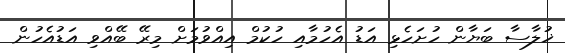
ޚުލާސާ ބަޔާން ހުށަހެޅި އަޑު އެހުމާއި ހުކުމް އިއްވުމަށް މިރޭ ބޭއްވި އަޑުއެހުން